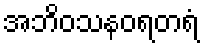
အဘိဝသနဝရတရံ